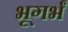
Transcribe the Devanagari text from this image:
भूगर्भं